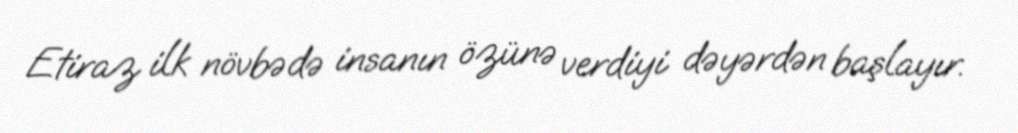
Etiraz ilk növbədə insanın özünə verdiyi dəyərdən başlayır.